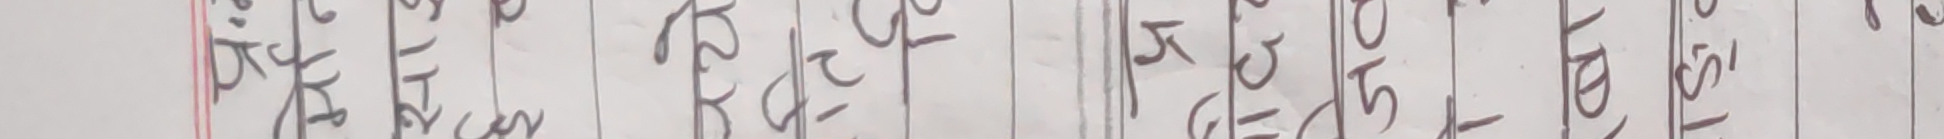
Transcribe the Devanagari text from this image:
छ। राष्ट्रिय